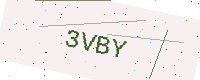
Text: 3VBY